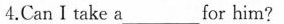
4.Can I take a___for him?